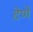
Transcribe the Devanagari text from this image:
टेणे